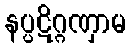
နပ္ပဋိဂ္ဂဏှာမ